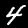
Label: 4